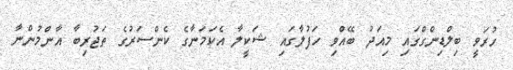
ހުރަވީ ބިލްޑިންގްގައި މިއަދު ބޭއްވި ހަފުލާގައި ޝަކީލާ އެކަމަނާގެ ކެންސަރުގެ ތަޖުރިބާ އާންމުންނާ